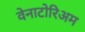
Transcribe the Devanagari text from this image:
वेनाटोरिअम